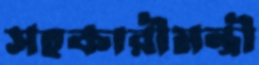
সহকারীমন্ত্রী